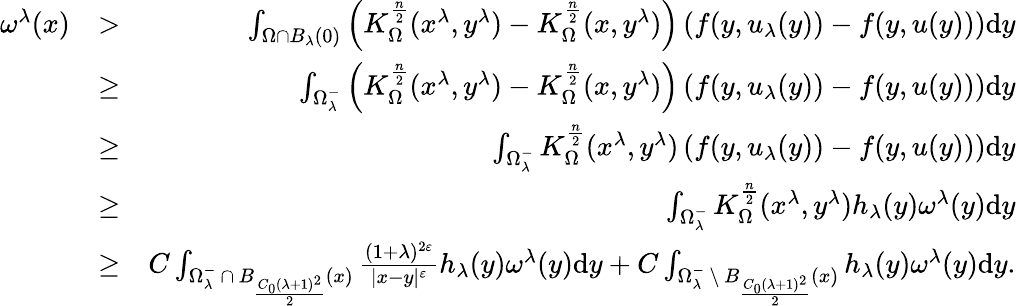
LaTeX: \begin{array}{rlr}{\omega^{\lambda}(x)}&{>}&{\int_{\Omega\cap B_{\lambda}(0)}\left(K_{\Omega}^{\frac{n}{2}}(x^{\lambda},y^{\lambda})-K_{\Omega}^{\frac{n}{2}}(x,y^{\lambda})\right)\left(f(y,u_{\lambda}(y))-f(y,u(y))\right)\mathrm dy}\\ &{\geq}&{\int_{\Omega_{\lambda}^{-}}\left(K_{\Omega}^{\frac{n}{2}}(x^{\lambda},y^{\lambda})-K_{\Omega}^{\frac{n}{2}}(x,y^{\lambda})\right)\left(f(y,u_{\lambda}(y))-f(y,u(y))\right)\mathrm dy}\\ &{\geq}&{\int_{\Omega_{\lambda}^{-}}K_{\Omega}^{\frac{n}{2}}(x^{\lambda},y^{\lambda})\left(f(y,u_{\lambda}(y))-f(y,u(y))\right)\mathrm dy}\\ &{\geq}&{\int_{\Omega_{\lambda}^{-}}K_{\Omega}^{\frac{n}{2}}(x^{\lambda},y^{\lambda})h_{\lambda}(y)\omega^{\lambda}(y)\mathrm dy}\\ &{\geq}&{C\int_{\Omega_{\lambda}^{-}\, \cap\, B_{\frac{C_{0}(\lambda+1)^{2}}{2}}(x)}\frac{(1+\lambda)^{2\varepsilon}}{|x-y|^{\varepsilon}}h_{\lambda}(y)\omega^{\lambda}(y)\mathrm dy+C\int_{\Omega_{\lambda}^{-}\, \setminus\, B_{\frac{C_{0}(\lambda+1)^{2}}{2}}(x)}h_{\lambda}(y)\omega^{\lambda}(y)\mathrm dy.}\end{array}